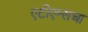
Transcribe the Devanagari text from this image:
एटीएम्सचा